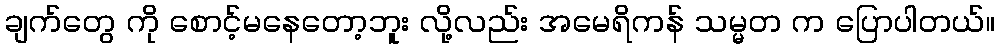
ချက်တွေ ကို စောင့်မနေတော့ဘူး လို့လည်း အမေရိကန် သမ္မတ က ပြောပါတယ်။